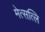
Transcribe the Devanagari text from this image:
मेत्सत्लि